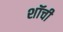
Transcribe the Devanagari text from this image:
शॉची